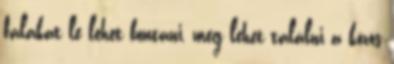
falakat le lehet bontani, meg lehet találni a közös